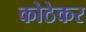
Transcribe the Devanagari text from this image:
कोठेकर